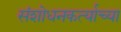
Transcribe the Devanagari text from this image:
संशोधनकर्त्याच्या